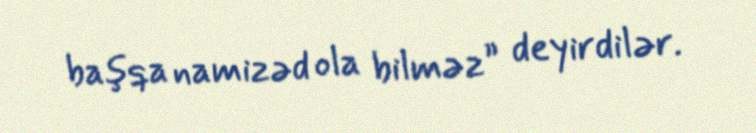
başqa namizəd ola bilməz” deyirdilər.